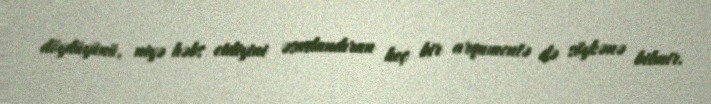
döydüyünü, niyə həbs etdiyini əsaslandıran heç bir arqumentə də söykənə bilmir.